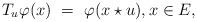
LaTeX: \begin{align*}T_{u}\varphi (x) ~=~ \varphi(x \star u), x\in E, \end{align*}